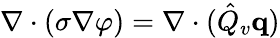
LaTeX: \nabla\cdot(\sigma\nabla\varphi)=\nabla\cdot(\hat{Q}_{v}\mathbf{q})